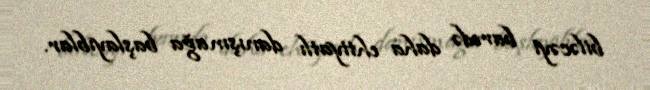
biləcəyi barədə daha ehtiyatlı danışmağa başlayıblar.